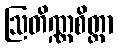
ဩတိဏ္ဏစိတ္တာ